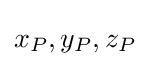
x_{P},y_{P},z_{P}